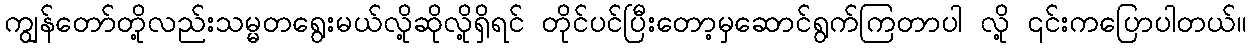
ကျွန်တော်တို့လည်းသမ္မတရွေးမယ်လို့ဆိုလို့ရှိရင် တိုင်ပင်ပြီးတော့မှဆောင်ရွက်ကြတာပါ လို့ ၎င်းကပြောပါတယ်။